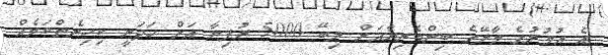
އެ އުމުރުގެ މާލޭގެ ބިންވެރިޔާއަށް ލިބޭ 5000 ރުފިޔާ އަށް ހަދަނީ ކިހިނެތްކަމެއް